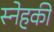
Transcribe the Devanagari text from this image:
स्नेहकी